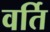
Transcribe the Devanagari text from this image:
वर्ति